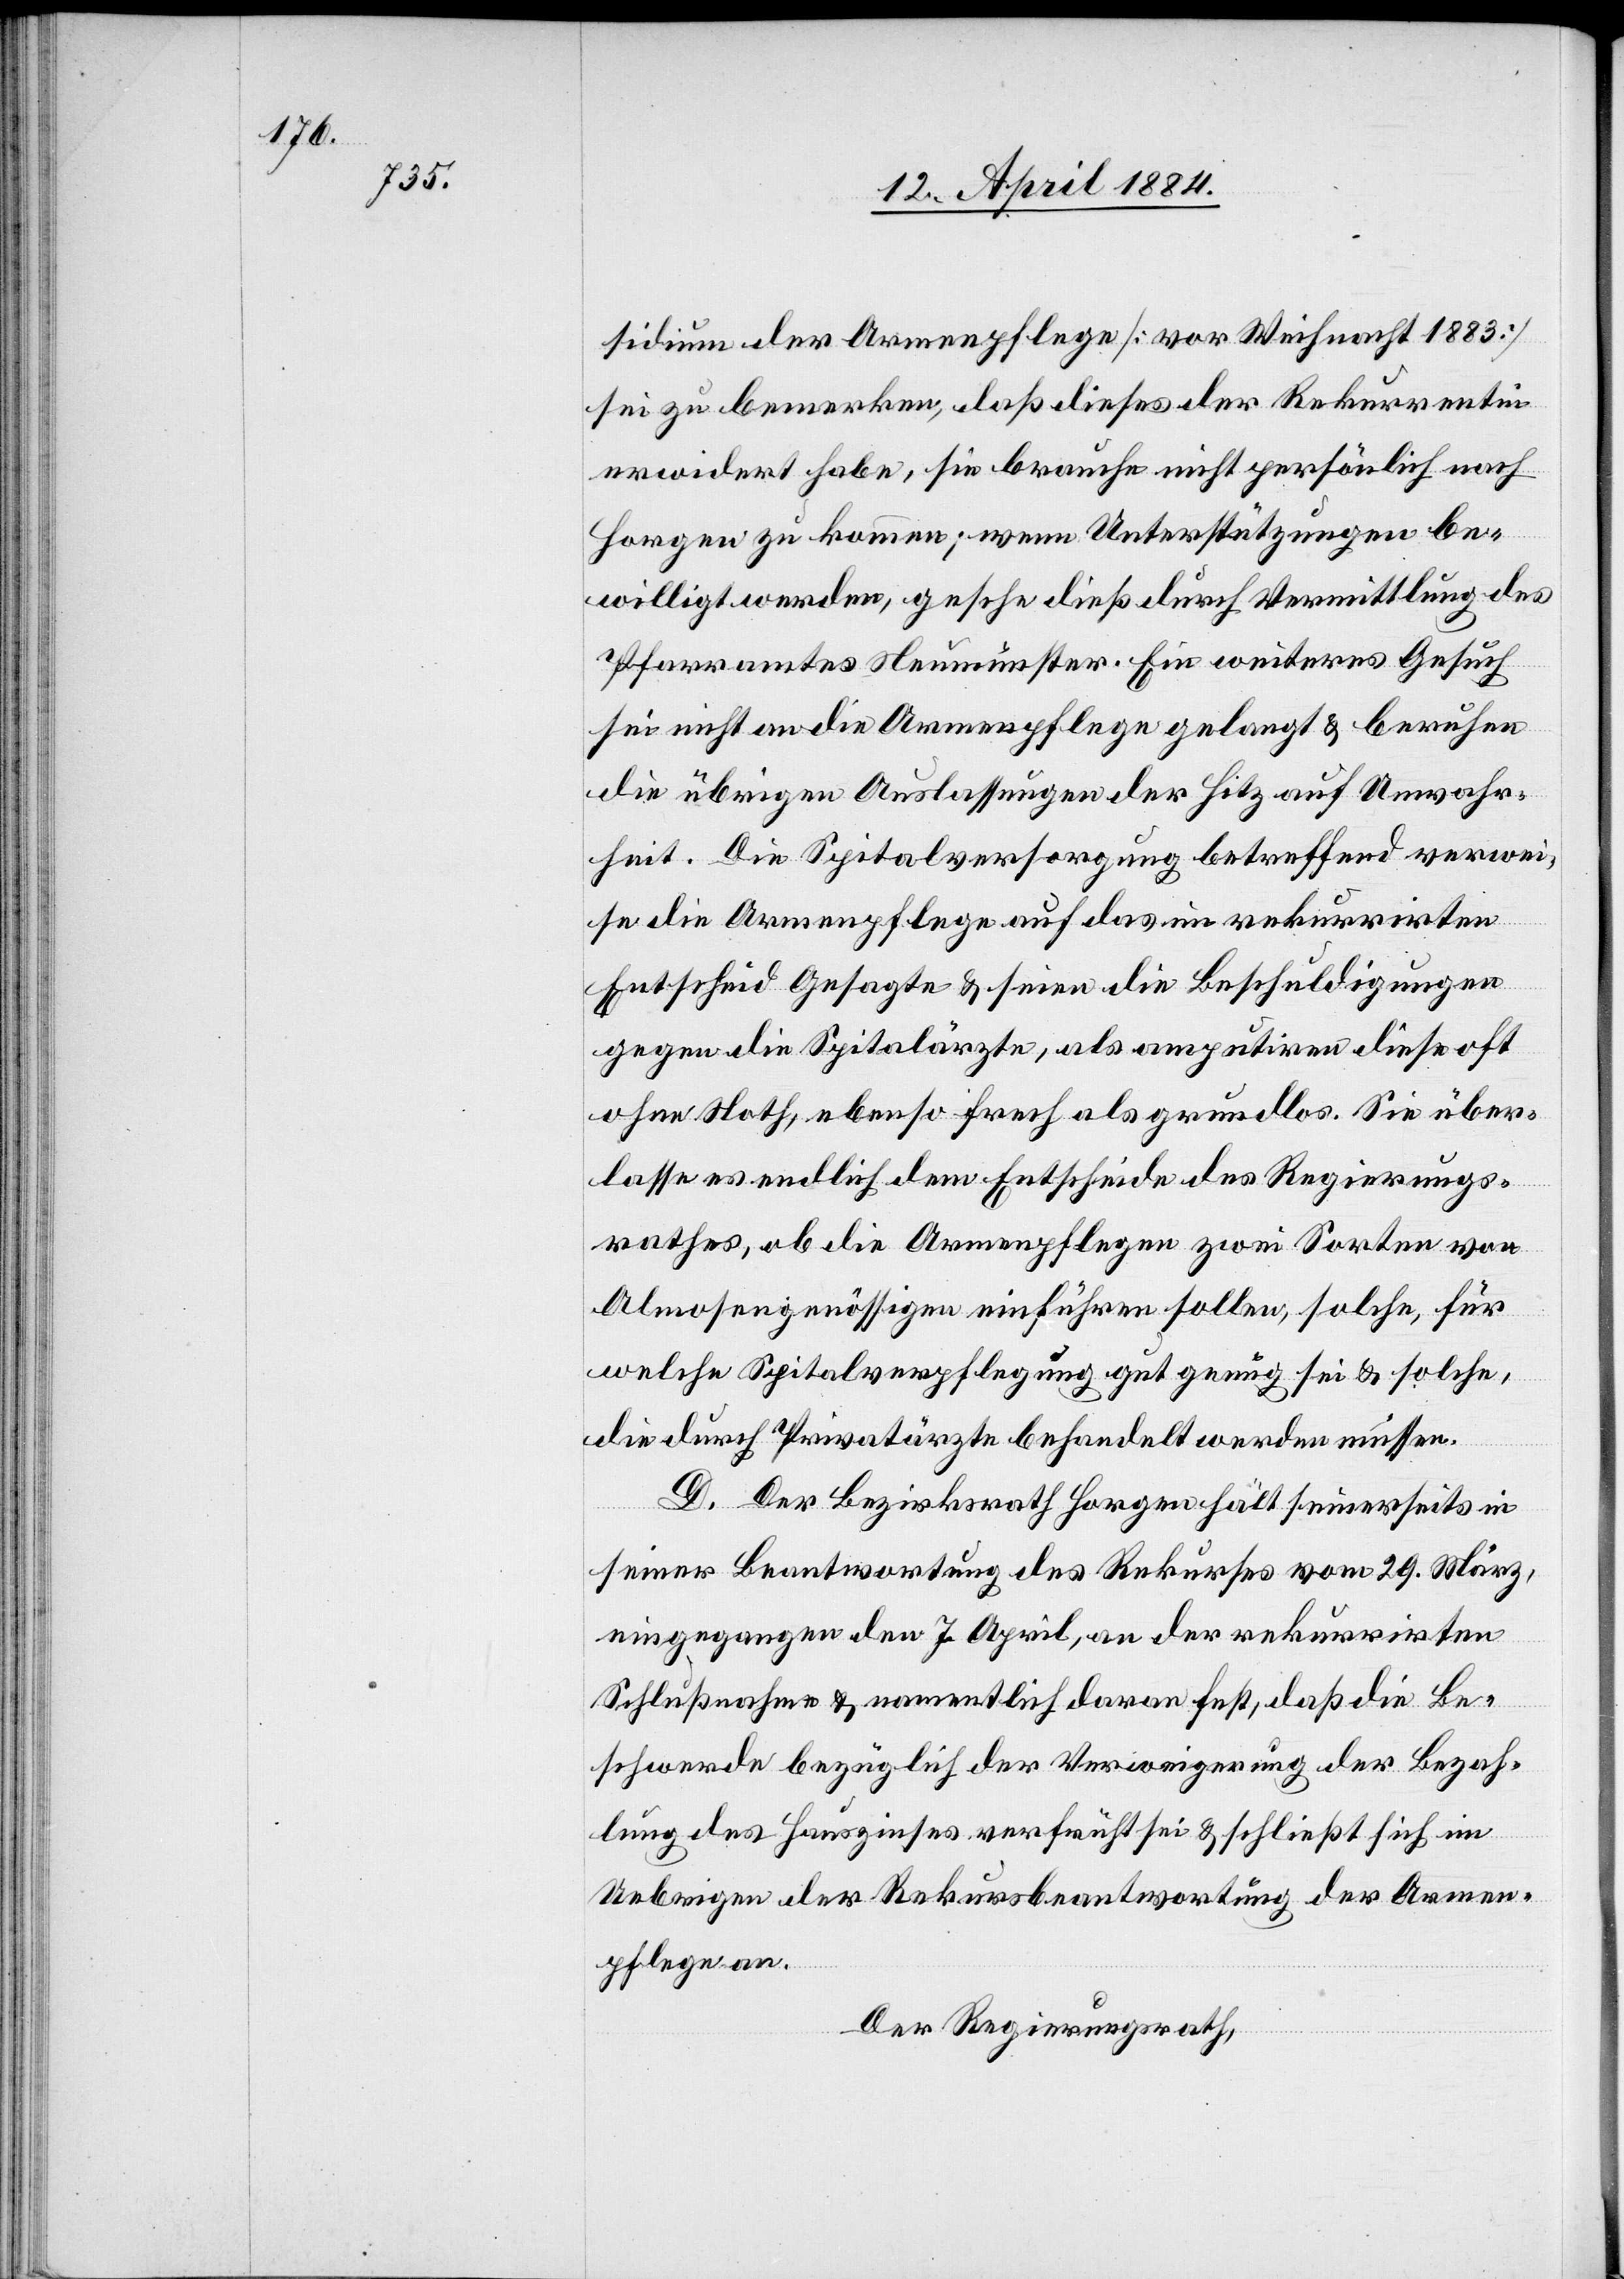
sidium der Armenpflege [vor Weihnacht 1883]
sei zu bemerken, daß dieses der Rekurrentin
erwidert habe, sie brauche nicht persönlich nach
Horgen zu kommen; wenn Unterstützungen be¬
willigt werden, gesche [sic!] dieß durch Vermittlung des
Pfarramtes Neumünster. Ein weiteres Gesuch
sei nicht an die Armenpflege gelangt & beruhen
die übrigen Auslassungen der Hitz auf Unwahr¬
heit. Die Spitalversorgung betreffend verwei¬
se die Armenpflege auf das im rekurrirten
Entscheid Gesagte & seien die Beschuldigungen
gegen die Spitalärzte, als amputiren diese oft
ohne Noth, ebenso frech als grundlos. Sie über¬
lasse es endlich dem Entscheid des Regierungs¬
rathes, ob die Armenpflegen zwei Sorten von
Almosengenössigen einführen sollen, solche, für
welche Spitalverpflegung gut genug sei & solche,
die durch Privatärzte behandelt werden müssen.
D. Der Bezirksrath Horgen hält seinerseits in
seiner Beantwortung des Rekurses vom 29. März
eingegangen den 7. April, an der rekurrirten
Schlußnahme & namentlich daran fest, daß die Be¬
schwerde bezüglich der Verweigerung der Bezah¬
lung des Hauszinses verfrüht sei & schließt sich im
Uebrigen der Rekursbeantwortung der Armen¬
pflege an.
Der Regierungsrath,